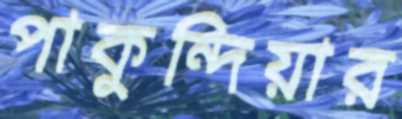
পাকুন্দিয়ার